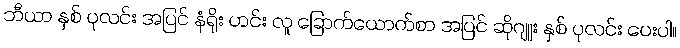
ဘီယာ နှစ် ပုလင်း အပြင် နံရိုး ဟင်း လူ ခြောက်ယောက်စာ အပြင် ဆိုဂျူး နှစ် ပုလင်း ပေးပါ။